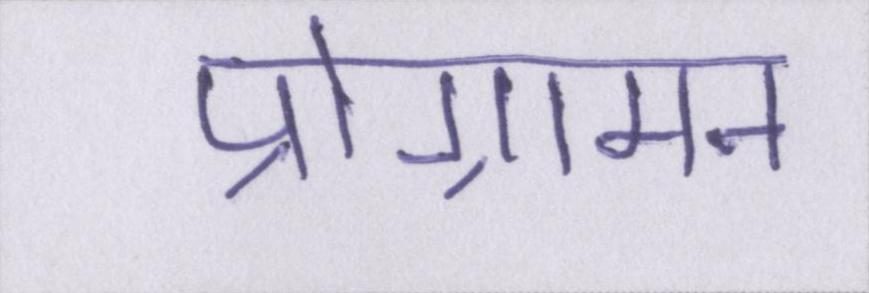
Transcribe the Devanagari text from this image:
प्रोग्रामन